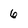
Character: 6